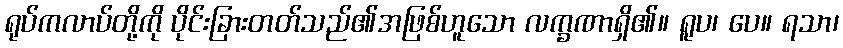
ရုပ်ကလာပ်တို့ကို ပိုင်းခြားတတ်သည်၏အဖြစ်ဟူသော လက္ခဏာရှိ၏။ ရူပ၊ ပေ။ ရသာ၊